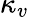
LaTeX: \kappa_{v}